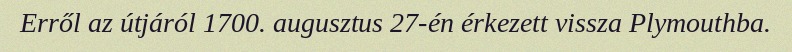
Erről az útjáról 1700. augusztus 27-én érkezett vissza Plymouthba.